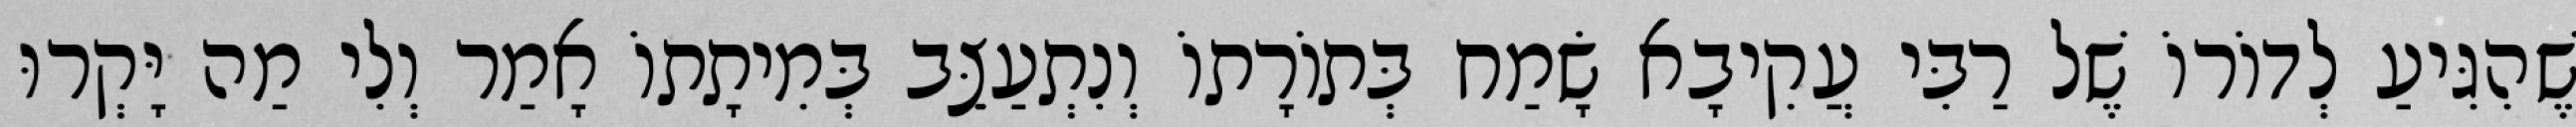
שֶׁהִגִּיעַ לְדוֹרוֹ שֶׁל רַבִּי עֲקִיבָא שָׂמַח בְּתוֹרָתוֹ וְנִתְעַצֵּב בְּמִיתָתוֹ אָמַר וְלִי מַה יָּקְרוּ